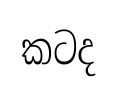
කටද